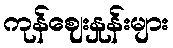
ကုန်ဈေးနှုန်းများ